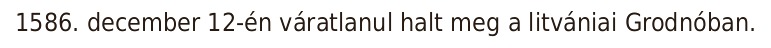
1586. december 12-én váratlanul halt meg a litvániai Grodnóban.